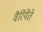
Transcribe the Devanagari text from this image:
वैरियेंते